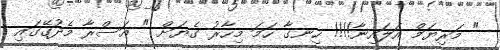
" މަރިޔަމް އަލައިނާ!!!! ހިނގާ ހަމަ މިހާރު ގެޔަށް " އަސްރާ މެދުގޭގައި